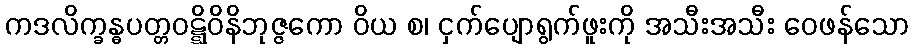
ကဒလိက္ခန္ဓပတ္တဝဋ္ဋိဝိနိဘုဇ္ဇကော ဝိယ စ၊ ငှက်ပျောရွက်ဖူးကို အသီးအသီး ဝေဖန်သော